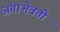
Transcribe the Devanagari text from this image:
अंगाभेवती